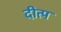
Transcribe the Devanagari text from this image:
दीत्प